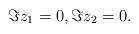
LaTeX: \begin{align*}\Im z_1 = 0, \Im z_2 = 0 .\end{align*}